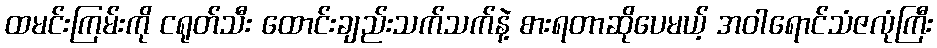
ထမင်းကြမ်းကို ငရုတ်သီး ထောင်းချည်းသက်သက်နဲ့ စားရတာဆိုပေမယ့် အဝါရောင်သံဇလုံကြီး